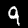
Label: 9